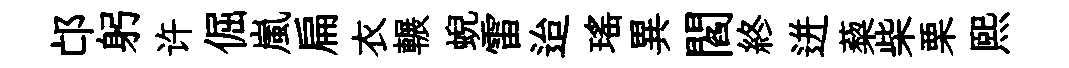
邙躬许倔嵐扁衣輾蜺雷迨瑤異閻終迸蔾柴栗熙